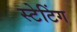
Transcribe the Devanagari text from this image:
स्टेटिंग